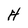
Character: H